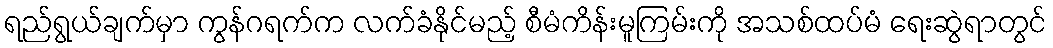
ရည်ရွယ်ချက်မှာ ကွန်ဂရက်က လက်ခံနိုင်မည့် စီမံကိန်းမူကြမ်းကို အသစ်ထပ်မံ ရေးဆွဲရာတွင်